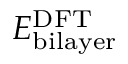
E _ { \mathrm { b i l a y e r } } ^ { \mathrm { { D F T } } }